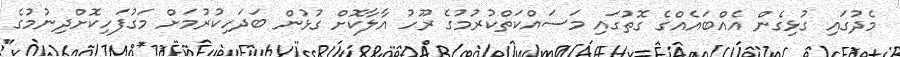
މެދުގައި ގުޅިގެން އެއްބައެއްގެ ގޮތުގައި މަސައްކަތްކުރުމުގެ ރޫހު އާލާކޮށް ގުޅުން ބަދަހިކުރުމަށް މަގުފަހިކޮށްދިނުމުގެ